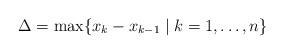
LaTeX: \begin{align*} \Delta = \max\{ x_k - x_{k-1}\mid k=1,\dots,n\}\end{align*}